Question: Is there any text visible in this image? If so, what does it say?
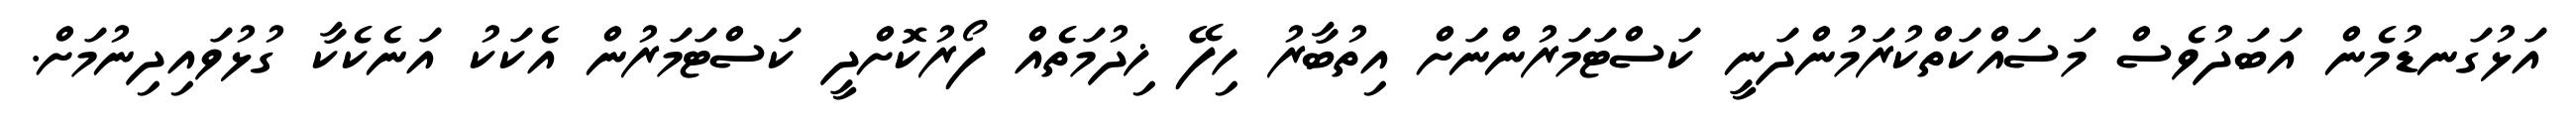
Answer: އަޅުގަނޑުމެން އަބަދުވެސް މަސައްކަތްކުރަމުންދަނީ ކަސްޓަމަރުންނަށް އިތުބާރު ހިފޭ ޚިދުމަތެއް ފޯރުކޮށްދީ ކަސްޓަމަރުން އެކަކު އަނެކެކާ ގުޅުވައިދިނުމަށް.